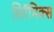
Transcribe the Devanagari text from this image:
सिरॅमिक्स